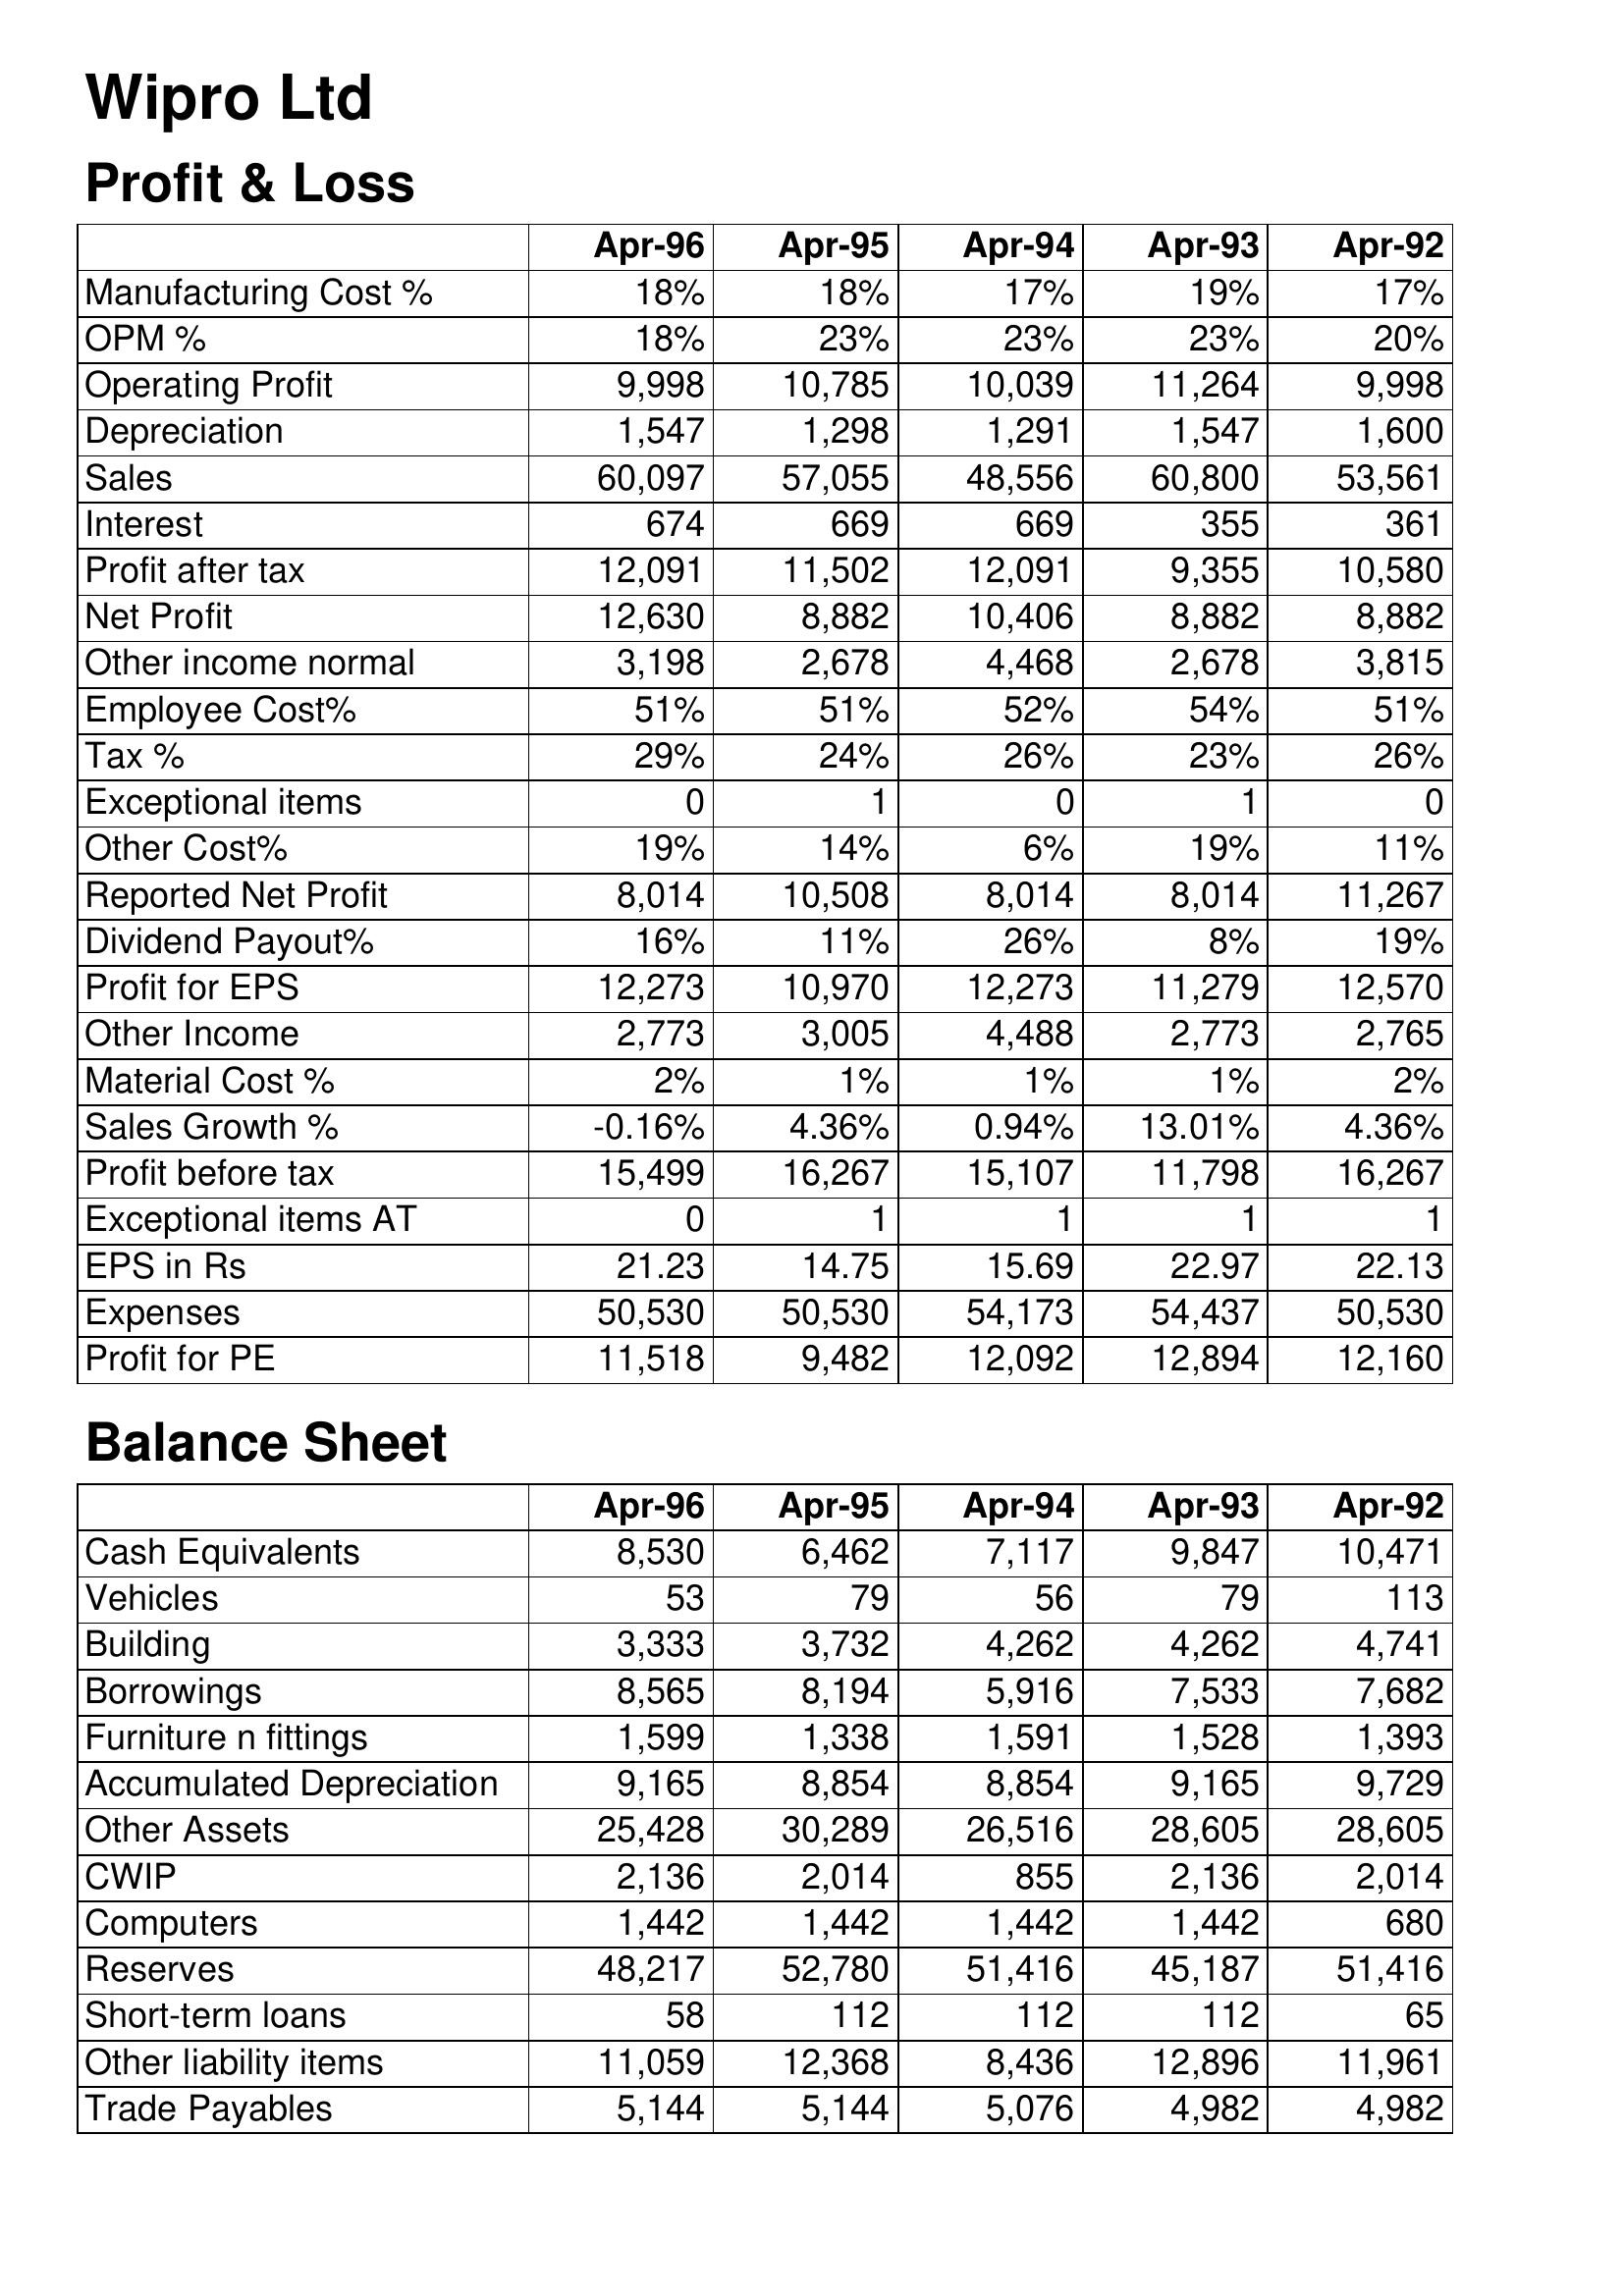
Apr-96: Profit & Loss: Manufacturing Cost %: 18%
OPM %: 18%
Operating Profit: 9,998
Depreciation: 1,547
Sales: 60,097
Interest: 674
Profit after tax: 12,091
Net Profit: 12,630
Other income normal: 3,198
Employee Cost%: 51%
Tax %: 29%
Exceptional items: 0
Other Cost%: 19%
Reported Net Profit: 8,014
Dividend Payout%: 16%
Profit for EPS: 12,273
Other Income: 2,773
Material Cost %: 2%
Sales Growth %: -0.16%
Profit before tax: 15,499
Exceptional items AT: 0
EPS in Rs: 21.23
Expenses: 50,530
Profit for PE: 11,518
Balance Sheet: Cash Equivalents: 8,530
Vehicles: 53
Building: 3,333
Borrowings: 8,565
Furniture n fittings: 1,599
Accumulated Depreciation: 9,165
Other Assets: 25,428
CWIP: 2,136
Computers: 1,442
Reserves: 48,217
Short-term loans: 58
Other liability items: 11,059
Trade Payables: 5,144
Apr-95: Profit & Loss: Manufacturing Cost %: 18%
OPM %: 23%
Operating Profit: 10,785
Depreciation: 1,298
Sales: 57,055
Interest: 669
Profit after tax: 11,502
Net Profit: 8,882
Other income normal: 2,678
Employee Cost%: 51%
Tax %: 24%
Exceptional items: 1
Other Cost%: 14%
Reported Net Profit: 10,508
Dividend Payout%: 11%
Profit for EPS: 10,970
Other Income: 3,005
Material Cost %: 1%
Sales Growth %: 4.36%
Profit before tax: 16,267
Exceptional items AT: 1
EPS in Rs: 14.75
Expenses: 50,530
Profit for PE: 9,482
Balance Sheet: Cash Equivalents: 6,462
Vehicles: 79
Building: 3,732
Borrowings: 8,194
Furniture n fittings: 1,338
Accumulated Depreciation: 8,854
Other Assets: 30,289
CWIP: 2,014
Computers: 1,442
Reserves: 52,780
Short-term loans: 112
Other liability items: 12,368
Trade Payables: 5,144
Apr-94: Profit & Loss: Manufacturing Cost %: 17%
OPM %: 23%
Operating Profit: 10,039
Depreciation: 1,291
Sales: 48,556
Interest: 669
Profit after tax: 12,091
Net Profit: 10,406
Other income normal: 4,468
Employee Cost%: 52%
Tax %: 26%
Exceptional items: 0
Other Cost%: 6%
Reported Net Profit: 8,014
Dividend Payout%: 26%
Profit for EPS: 12,273
Other Income: 4,488
Material Cost %: 1%
Sales Growth %: 0.94%
Profit before tax: 15,107
Exceptional items AT: 1
EPS in Rs: 15.69
Expenses: 54,173
Profit for PE: 12,092
Balance Sheet: Cash Equivalents: 7,117
Vehicles: 56
Building: 4,262
Borrowings: 5,916
Furniture n fittings: 1,591
Accumulated Depreciation: 8,854
Other Assets: 26,516
CWIP: 855
Computers: 1,442
Reserves: 51,416
Short-term loans: 112
Other liability items: 8,436
Trade Payables: 5,076
Apr-93: Profit & Loss: Manufacturing Cost %: 19%
OPM %: 23%
Operating Profit: 11,264
Depreciation: 1,547
Sales: 60,800
Interest: 355
Profit after tax: 9,355
Net Profit: 8,882
Other income normal: 2,678
Employee Cost%: 54%
Tax %: 23%
Exceptional items: 1
Other Cost%: 19%
Reported Net Profit: 8,014
Dividend Payout%: 8%
Profit for EPS: 11,279
Other Income: 2,773
Material Cost %: 1%
Sales Growth %: 13.01%
Profit before tax: 11,798
Exceptional items AT: 1
EPS in Rs: 22.97
Expenses: 54,437
Profit for PE: 12,894
Balance Sheet: Cash Equivalents: 9,847
Vehicles: 79
Building: 4,262
Borrowings: 7,533
Furniture n fittings: 1,528
Accumulated Depreciation: 9,165
Other Assets: 28,605
CWIP: 2,136
Computers: 1,442
Reserves: 45,187
Short-term loans: 112
Other liability items: 12,896
Trade Payables: 4,982
Apr-92: Profit & Loss: Manufacturing Cost %: 17%
OPM %: 20%
Operating Profit: 9,998
Depreciation: 1,600
Sales: 53,561
Interest: 361
Profit after tax: 10,580
Net Profit: 8,882
Other income normal: 3,815
Employee Cost%: 51%
Tax %: 26%
Exceptional items: 0
Other Cost%: 11%
Reported Net Profit: 11,267
Dividend Payout%: 19%
Profit for EPS: 12,570
Other Income: 2,765
Material Cost %: 2%
Sales Growth %: 4.36%
Profit before tax: 16,267
Exceptional items AT: 1
EPS in Rs: 22.13
Expenses: 50,530
Profit for PE: 12,160
Balance Sheet: Cash Equivalents: 10,471
Vehicles: 113
Building: 4,741
Borrowings: 7,682
Furniture n fittings: 1,393
Accumulated Depreciation: 9,729
Other Assets: 28,605
CWIP: 2,014
Computers: 680
Reserves: 51,416
Short-term loans: 65
Other liability items: 11,961
Trade Payables: 4,982